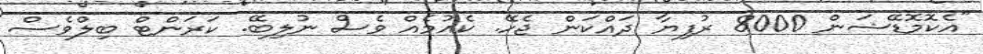
"އެކޮމޮޑޭޝަން 8000 ރުފިޔާ ދައްކަން ޖެހޭ. ކެއުމެއް ވެސް ނުލިބޭ. ކަރަންޓް ބިލްވެސް